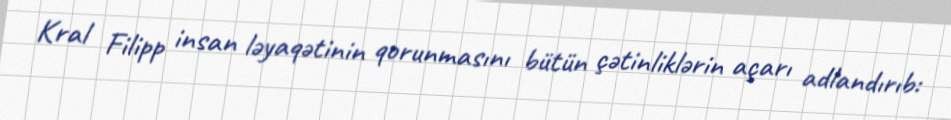
Kral Filipp insan ləyaqətinin qorunmasını bütün çətinliklərin açarı adlandırıb: